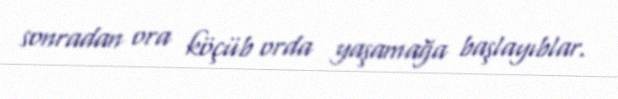
sonradan ora köçüb orda yaşamağa başlayıblar.